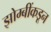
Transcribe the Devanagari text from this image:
झोम्बींकडून